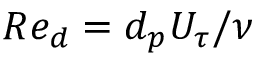
R e _ { d } = d _ { p } U _ { \tau } / \nu